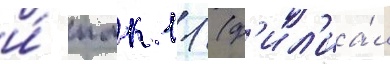
и́ пмк 11 (ф'ил'иа́л